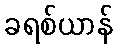
ခရစ်ယာန်